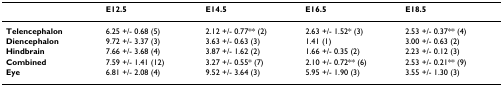
<table><thead><tr><td></td><td><b>E12.5</b></td><td><b>E14.5</b></td><td><b>E16.5</b></td><td><b>E18.5</b></td></tr></thead><tbody><tr><td><b>Telencephalon</b></td><td>6.25 +/- 0.68 (5)</td><td>2.12 +/- 0.77** (2)</td><td>2.63 +/- 1.52* (3)</td><td>2.53 +/- 0.37** (4)</td></tr><tr><td><b>Diencephalon</b></td><td>9.72 +/- 3.37 (3)</td><td>3.63 +/- 0.63 (3)</td><td>1.41 (1)</td><td>3.00 +/- 0.63 (2)</td></tr><tr><td><b>Hindbrain</b></td><td>7.66 +/- 3.68 (4)</td><td>3.87 +/- 1.62 (2)</td><td>1.66 +/- 0.35 (2)</td><td>2.23 +/- 0.12 (3)</td></tr><tr><td><b>Combined</b></td><td>7.59 +/- 1.41 (12)</td><td>3.27 +/- 0.55* (7)</td><td>2.10 +/- 0.72** (6)</td><td>2.53 +/- 0.21** (9)</td></tr><tr><td><b>Eye</b></td><td>6.81 +/- 2.08 (4)</td><td>9.52 +/- 3.64 (3)</td><td>5.95 +/- 1.90 (3)</td><td>3.55 +/- 1.30 (3)</td></tr></tbody></table>